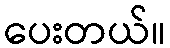
ပေးတယ်။